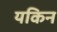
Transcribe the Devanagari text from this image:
यकिन